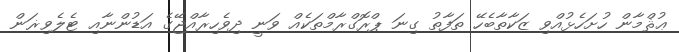
ޢުޘްމާން ހުށަހެޅުއްވި ޒަކާތާބެހޭ ތަފާތު ގިނަ ޕްރޮގްރާމްތަކެއް ވަނީ ދިވެހިރާއްޖޭގެ އަޑުންނާއި ޓެލެވިޜަން